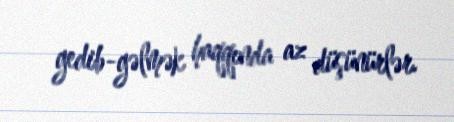
gedib-gəlmək haqqında az düşünürlər.